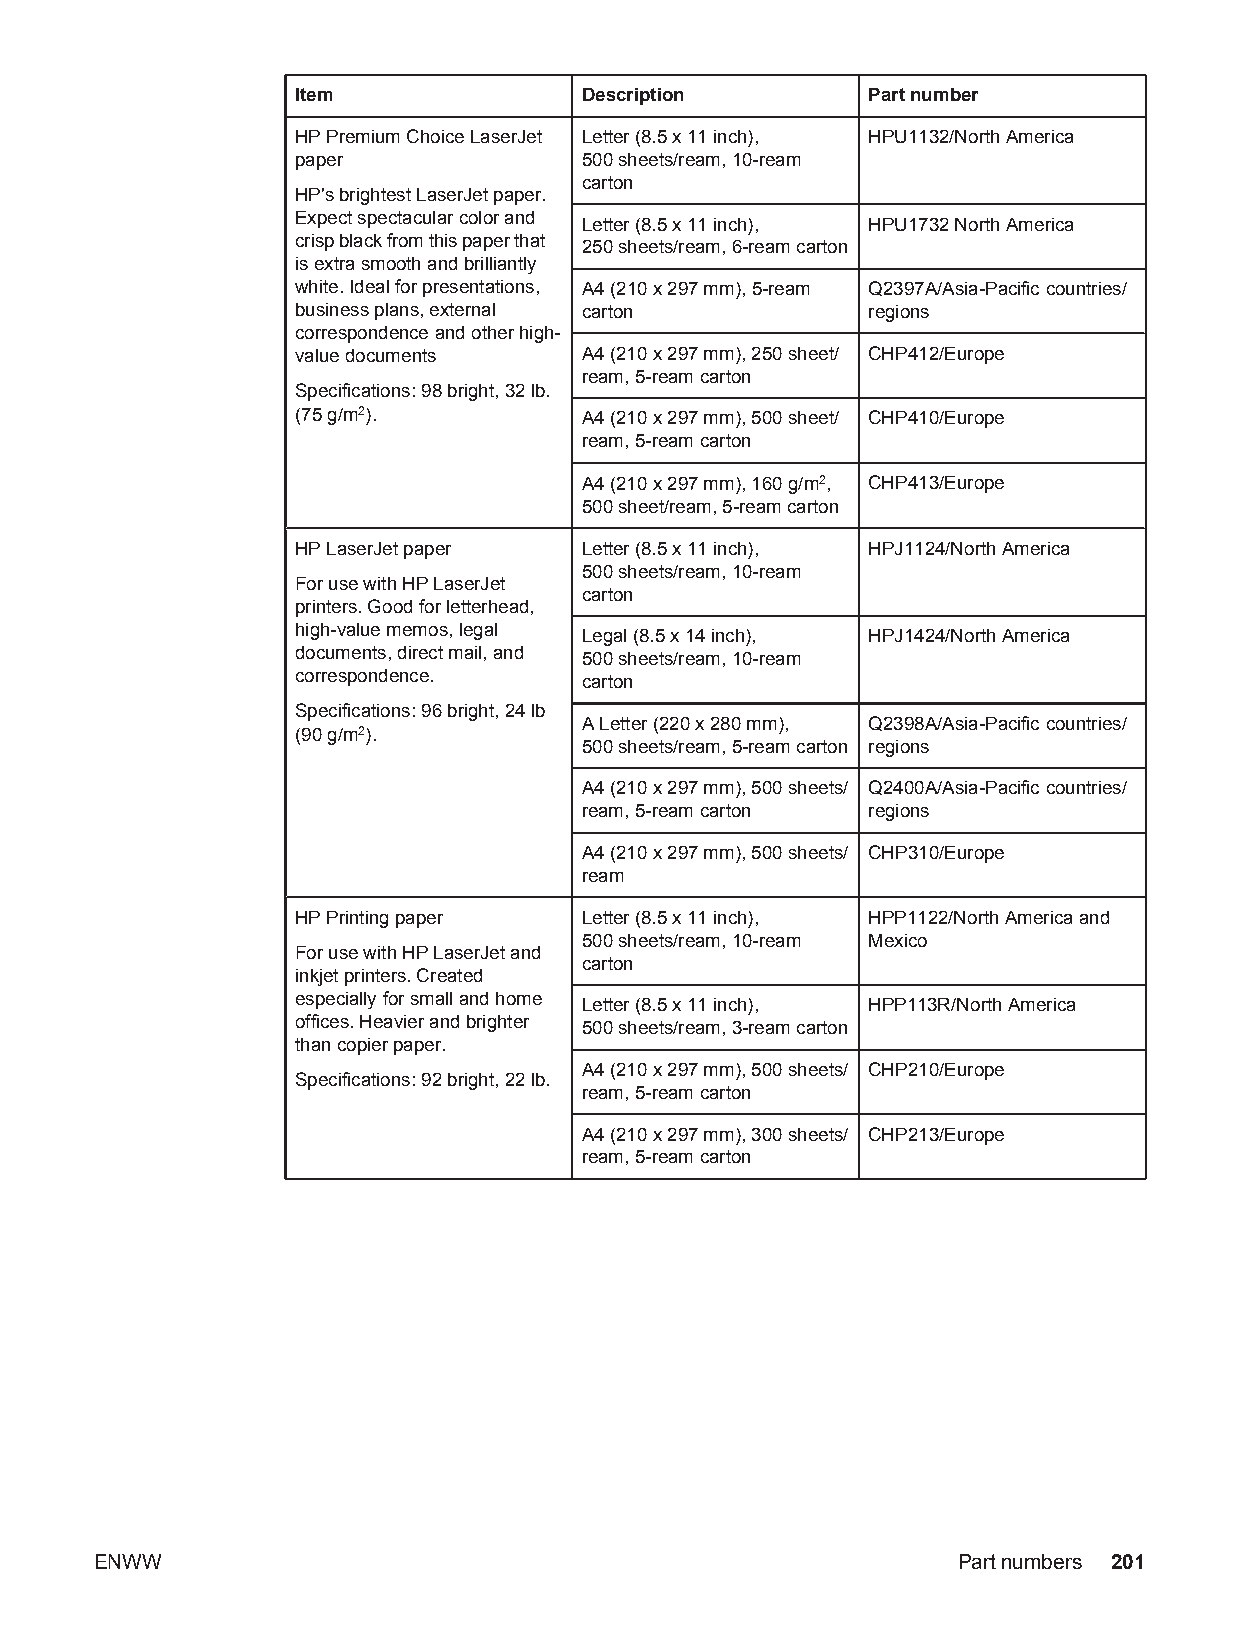
Item              Description        Part number
 HP Premium Choice LaserJet Letter (8.5 x 11 inch), HPU1132/North America
 paper             500 sheets/ream, 10-ream
 carton
 HP's brightest LaserJet paper.
 Expect spectacular color and
 Letter (8.5 x 11 inch), HPU1732 North America
 crisp black from this paper that 250 sheets/ream, 6-ream carton
 is extra smooth and brilliantly
 white. Ideal for presentations, A4 (210 x 297 mm), 5-ream Q2397A/Asia-Pacific countries/
 business plans, external carton      regions
 correspondence and other high-
 value documents   A4 (210 x 297 mm), 250 sheet/ CHP412/Europe
 ream, 5-ream carton
 Specifications: 98 bright, 32 lb.
 (75 g/m2).        A4 (210 x 297 mm), 500 sheet/ CHP410/Europe
 ream, 5-ream carton
 A4 (210 x 297 mm), 160 g/m2, CHP413/Europe
 500 sheet/ream, 5-ream carton
 HP LaserJet paper Letter (8.5 x 11 inch), HPJ1124/North America
 500 sheets/ream, 10-ream
 For use with HP LaserJet
 carton
 printers. Good for letterhead,
 high-value memos, legal
 Legal (8.5 x 14 inch), HPJ1424/North America
 documents, direct mail, and 500 sheets/ream, 10-ream
 correspondence.
 carton
 Specifications: 96 bright, 24 lb
 A Letter (220 x 280 mm), Q2398A/Asia-Pacific countries/
 (90 g/m2).
 500 sheets/ream, 5-ream carton regions
 A4 (210 x 297 mm), 500 sheets/ Q2400A/Asia-Pacific countries/
 ream, 5-ream carton regions
 A4 (210 x 297 mm), 500 sheets/ CHP310/Europe
 ream
 HP Printing paper Letter (8.5 x 11 inch), HPP1122/North America and
 500 sheets/ream, 10-ream Mexico
 For use with HP LaserJet and
 carton
 inkjet printers. Created
 especially for small and home
 Letter (8.5 x 11 inch), HPP113R/North America
 offices. Heavier and brighter 500 sheets/ream, 3-ream carton
 than copier paper.
 A4 (210 x 297 mm), 500 sheets/ CHP210/Europe
 Specifications: 92 bright, 22 lb.
 ream, 5-ream carton
 A4 (210 x 297 mm), 300 sheets/ CHP213/Europe
 ream, 5-ream carton
 ENWW                                                     Part numbers 201